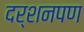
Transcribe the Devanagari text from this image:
दर्शनपण